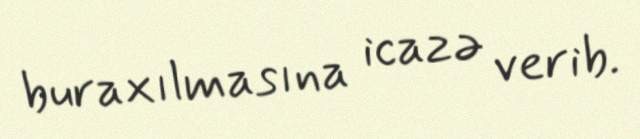
buraxılmasına icazə verib.